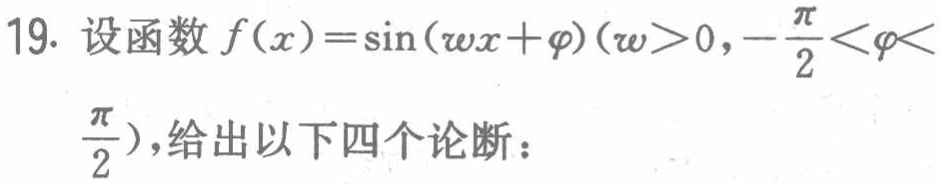
19. 设函数$f(x)=\sin(\omega x + \varphi)(\omega>0,-\frac{\pi}{2}<\varphi<\frac{\pi}{2})$,给出以下四个论断：